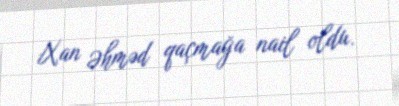
Xan Əhməd qaçmağa nail oldu.